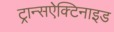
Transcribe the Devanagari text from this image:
ट्रान्सऐक्टिनाइड